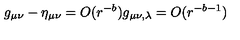
g _ { \mu \nu } - \eta _ { \mu \nu } = O ( r ^ { - b } ) g _ { \mu \nu , \lambda } = O ( r ^ { - b - 1 } )